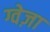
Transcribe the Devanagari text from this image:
ग्वेज़ा